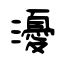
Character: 瀀